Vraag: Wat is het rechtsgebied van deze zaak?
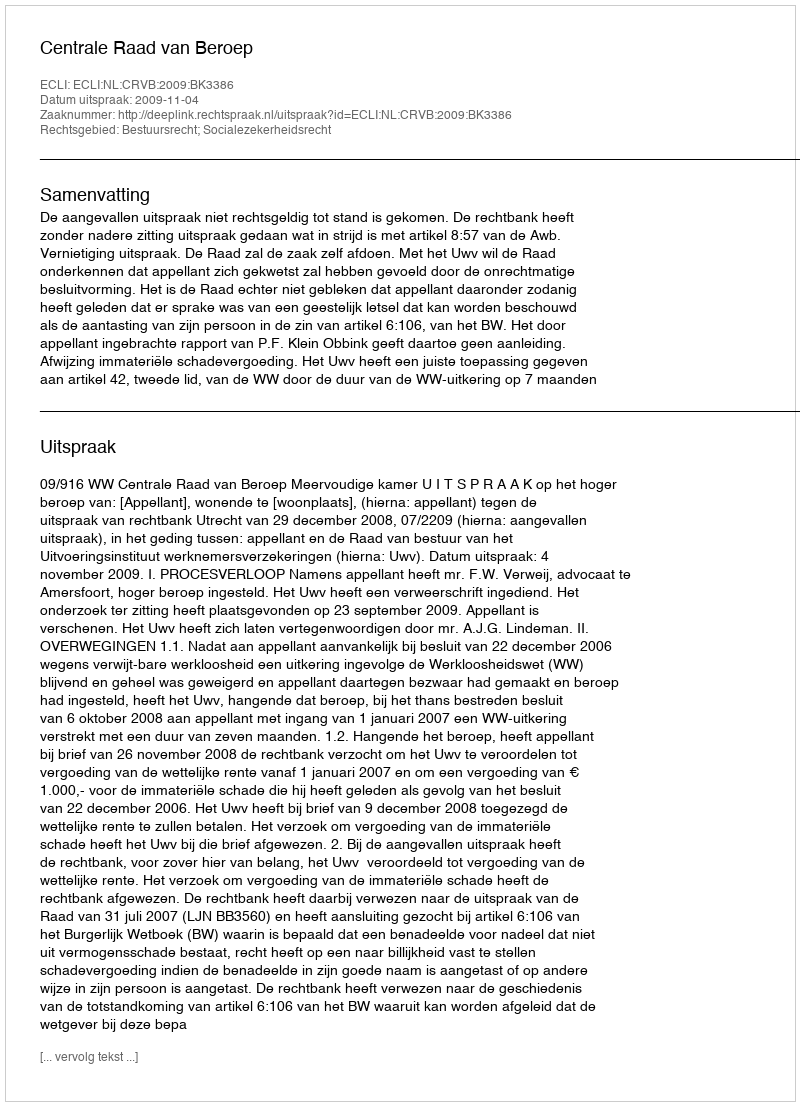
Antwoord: Bestuursrecht; Socialezekerheidsrecht